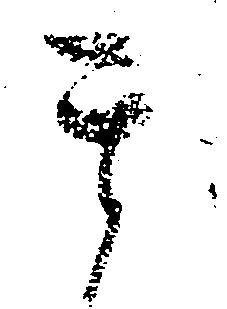
其